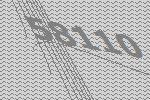
58110